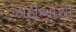
ઝાડીઓથી